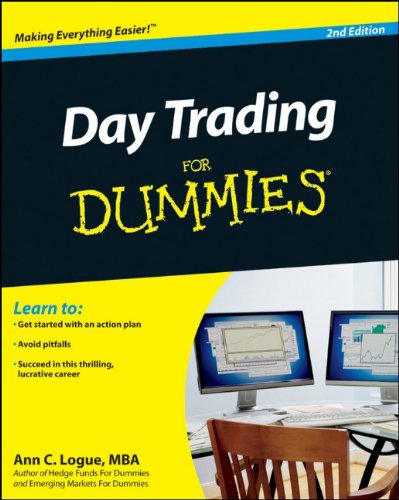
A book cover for Day Trading For Dummies; Ann C. Logue; Business & Money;